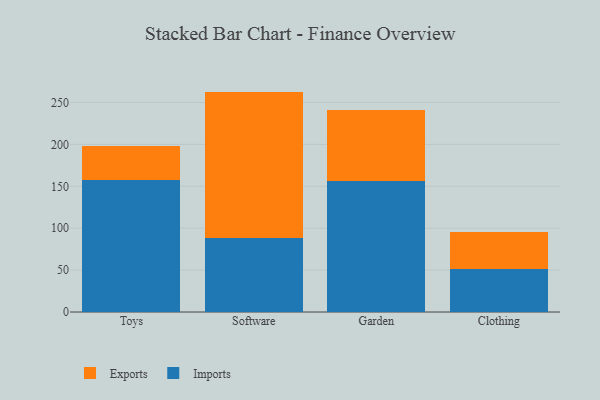
{"axis": {"x": "Category", "y": "Headcount"}, "legend": ["Exports", "Imports"], "data": [{"x": "Toys", "y": 157.7, "type": "Imports"}, {"x": "Toys", "y": 40.1, "type": "Exports"}, {"x": "Software", "y": 88.5, "type": "Imports"}, {"x": "Software", "y": 174.5, "type": "Exports"}, {"x": "Garden", "y": 155.9, "type": "Imports"}, {"x": "Garden", "y": 85.5, "type": "Exports"}, {"x": "Clothing", "y": 50.9, "type": "Imports"}, {"x": "Clothing", "y": 44.1, "type": "Exports"}]}